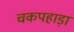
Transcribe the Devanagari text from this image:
चकपहाड़ा